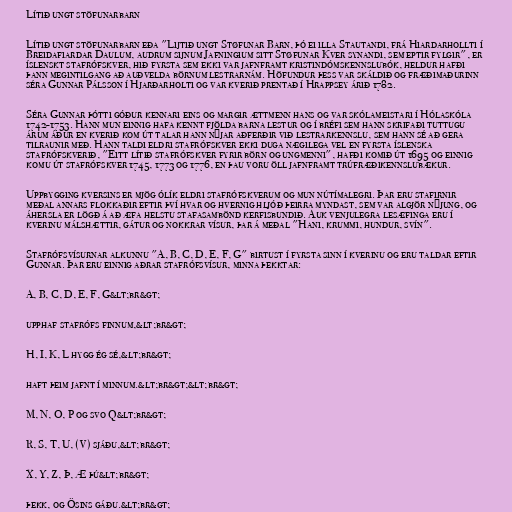
Lítið ungt stöfunarbarn

Lítið ungt stöfunarbarn eða "Lijtið ungt Støfunar Barn, þó ei illa Stautandi, frá Hiardarhollti í
Breidafiardar Daulum, audrum sijnum Jafningium sitt Støfunar Kver synandi, sem eptir fylgir", er
íslenskt stafrófskver, hið fyrsta sem ekki var jafnframt kristindómskennslubók, heldur hafði
þann megintilgang að auðvelda börnum lestrarnám. Höfundur þess var skáldið og fræðimaðurinn
séra Gunnar Pálsson í Hjarðarholti og var kverið prentað í Hrappsey árið 1782.

Séra Gunnar þótti góður kennari eins og margir ættmenn hans og var skólameistari í Hólaskóla
1742-1753. Hann mun einnig hafa kennt fjölda barna lestur og í bréfi sem hann skrifaði tuttugu
árum áður en kverið kom út talar hann nýjar aðferðir við lestrarkennslu, sem hann sé að gera
tilraunir með. Hann taldi eldri stafrófskver ekki duga nægilega vel en fyrsta íslenska
stafrófskverið, "Eitt lítið stafrófskver fyrir börn og ungmenni", hafði komið út 1695 og einnig
komu út stafrófskver 1745, 1773 og 1776, en þau voru öll jafnframt trúfræðikennslubækur.

Uppbygging kversins er mjög ólík eldri stafrófskverum og mun nútímalegri. Þar eru stafirnir
meðal annars flokkaðir eftir því hvar og hvernig hljóð þeirra myndast, sem var algjör nýjung, og
áhersla er lögð á að æfa helstu stafasambönd kerfisbundið. Auk venjulegra lesæfinga eru í
kverinu málshættir, gátur og nokkrar vísur, þar á meðal "Hani, krummi, hundur, svín".

Stafrófsvísurnar alkunnu "A, B, C, D, E, F, G" birtust í fyrsta sinn í kverinu og eru taldar eftir
Gunnar. Þar eru einnig aðrar stafrófsvísur, minna þekktar:

A, B, C, D, E, F, G&lt;br&gt;

upphaf stafrófs finnum,&lt;br&gt;

H, I, K, L hygg ég sé,&lt;br&gt;

haft þeim jafnt í minnum.&lt;br&gt;&lt;br&gt;

M, N, O, P og svo Q&lt;br&gt;

R, S, T, U, (V) sjáðu,&lt;br&gt;

X, Y, Z, Þ, Æ þú&lt;br&gt;

þekk, og Ösins gáðu.&lt;br&gt;